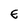
Character: E